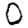
Digit: 0